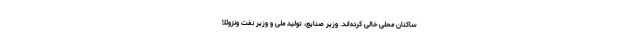
ساکنان محلی خالی کرده‌اند. وزیر صنایع، تولید ملی و وزیر نفت ونزوئلا